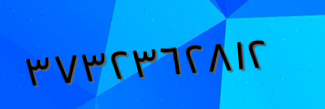
٣٧٣٢٣٦٢٨١٢